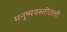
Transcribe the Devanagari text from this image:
मनुष्यवस्तीतली